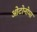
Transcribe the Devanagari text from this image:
ओटोनोमा